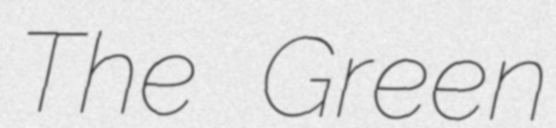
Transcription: The Green